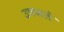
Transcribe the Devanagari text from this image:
उपजले